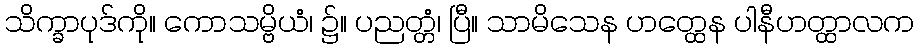
သိက္ခာပုဒ်ကို။ ကောသမ္ဗိယံ၊ ၌။ ပညတ္တံ၊ ပြီ။ သာမိသေန ဟတ္ထေန ပါနီဟတ္ထာလက